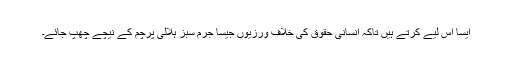
ایسا اس لیے کرتے ہیں تاکہ انسانی حقوق کی خلاف ورزیوں جیسا جرم سبز ہلالی پرچم کے نیچے چھپ جائے۔